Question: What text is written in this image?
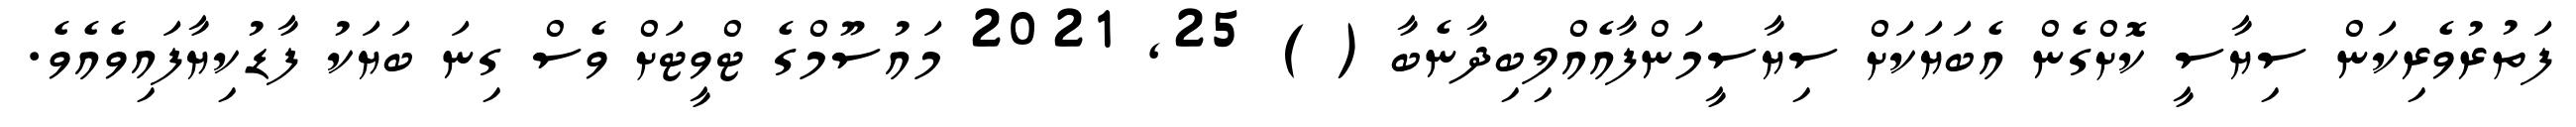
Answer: ފަތުރުވެރިކަން ސިޔާސީ ކޮށްގެން އެބަޔަކަށް ސިޔާސީމަންފާއެއްލިބިދާނެބާ ( ) 25, 2021 މައުސޫމްގެ ޓްވީޓަށް ވެސް ގިނަ ބަޔަކު ފާޑުކިޔާފައިވެއެވެ.